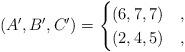
LaTeX: \begin{align*}(A',B',C') = \begin{cases}(6, 7, 7) & , \\(2, 4, 5) & , \end{cases}\end{align*}